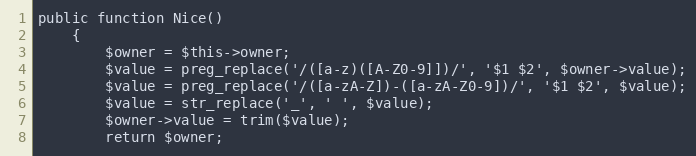
Language: PHP
public function Nice()
    {
        $owner = $this->owner;
        $value = preg_replace('/([a-z)([A-Z0-9]])/', '$1 $2', $owner->value);
        $value = preg_replace('/([a-zA-Z])-([a-zA-Z0-9])/', '$1 $2', $value);
        $value = str_replace('_', ' ', $value);
        $owner->value = trim($value);
        return $owner;